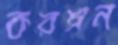
করম্নন